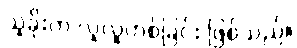
သူခိုးက လူလူဟစ်ခြင်း ဖြစ်သည်။